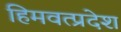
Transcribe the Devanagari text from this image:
हिमवत्प्रदेश